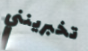
تخبرينني